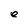
Character: e